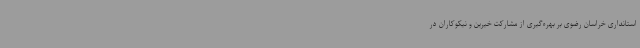
استانداری خراسان رضوی بر بهره‌گیری از مشارکت خیرین و نیکوکاران در